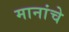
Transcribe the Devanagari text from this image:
मानांचे